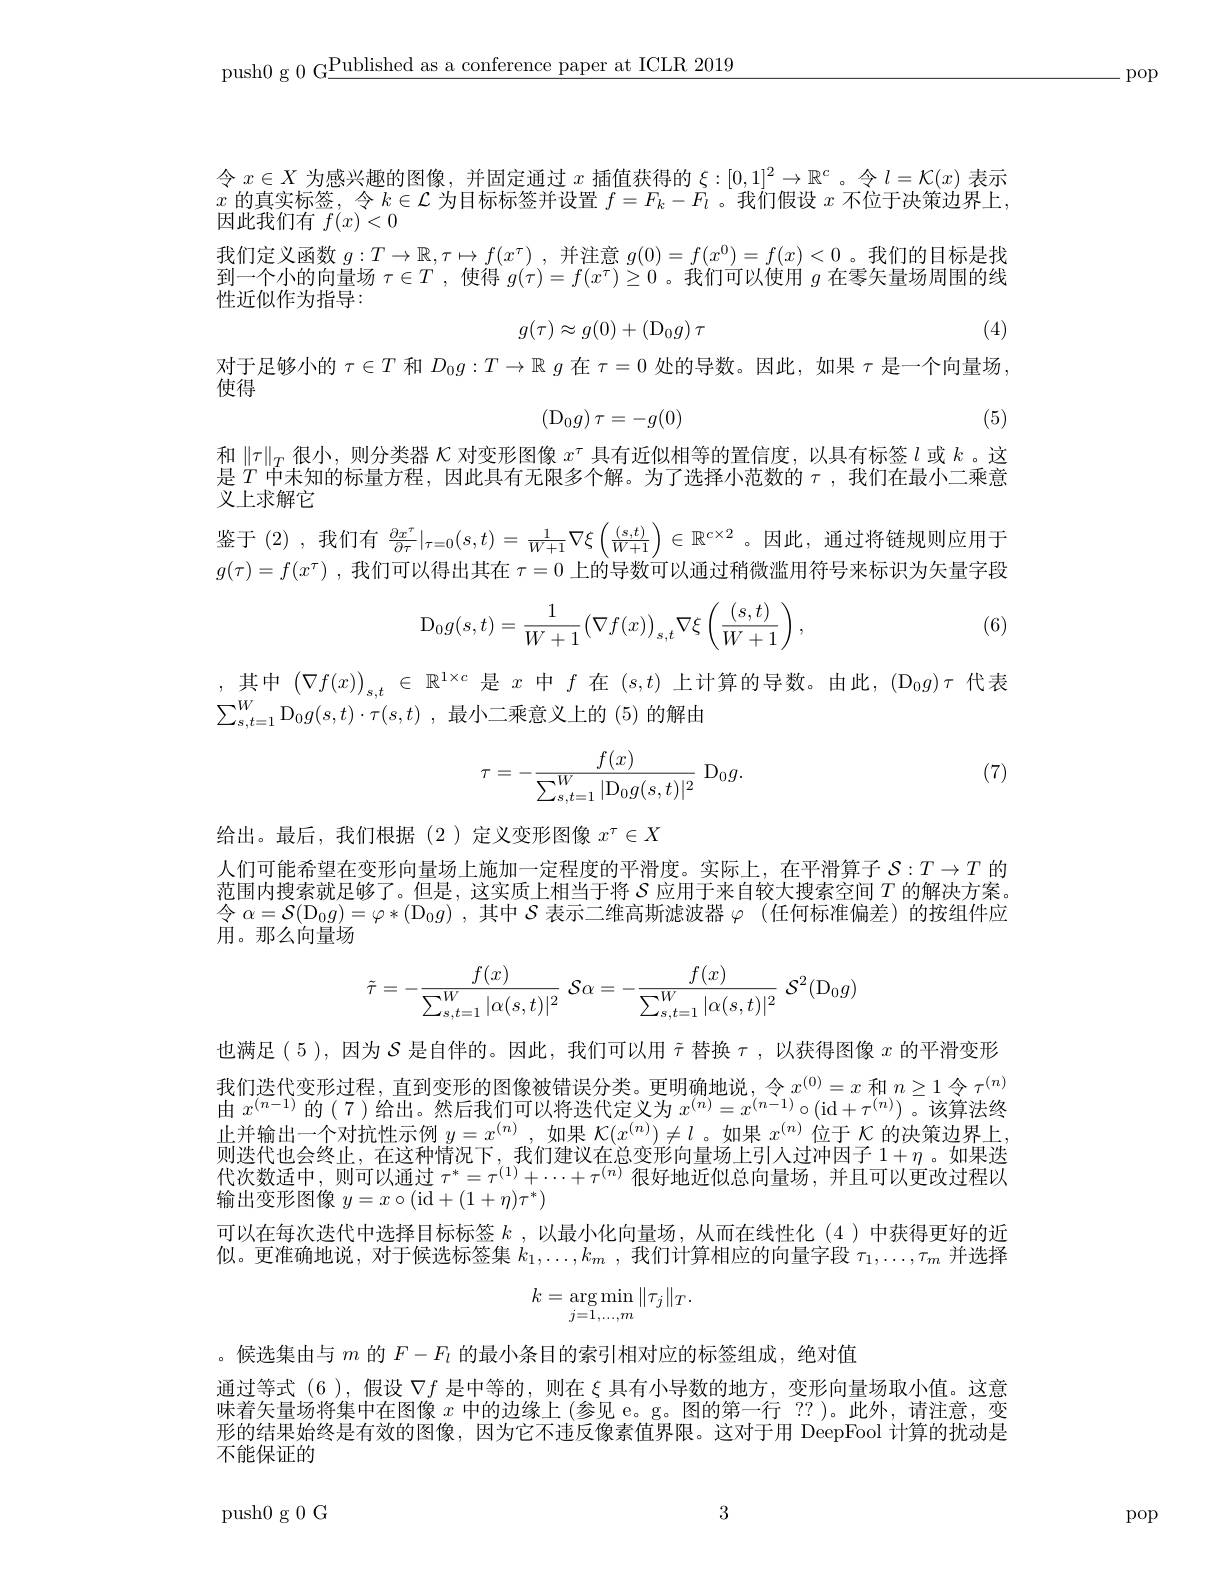
push0 g 0 G$\underline\text{Published as a conference paper at ICLR 2019}$

-pop

令$x\in X$为感兴趣的图像，并固定通过$x$插值获得的$\xi:[0,1]^2\to\mathbb{R}^c$ 。令$l=\mathcal{K}(x)$表示$x$的真实标签，令$k\in\mathcal{L}$为目标标签并设置$f=F_k-F_l$ 。我们假设$x$不位于决策边界上， 因此我们有$\overline f(x)<0$
我们定义函数$g:T\to\mathbb{R},\tau\mapsto f(x^{\tau})$ ,并注意$g(0)=f(x^0)=f(x)<0$ 。我们的目标是找到一个小的向量场$\tau\in T$ ,使得$g(\tau)=f(x^\tau)\geq0$ 。我们可以使用$g$在零矢量场周围的线性近似作为指导：
$$g(\tau)\approx g(0)+\left(\mathrm{D}_{0}g\right)\tau $$
(4)

对于足够小的$\tau\in T$和$D_0g:T\to\mathbb{R}$ $g$在$\tau=0$处的导数。因此，如果$\tau$是一个向量场，
$$\begin{matrix}(\mathrm D_0g)\:\tau=-g(0)\end{matrix}$$
使得

(5)

和$\|\tau\|_T$很小，则分类器$\mathcal{K}$对变形图像$x^\tau$具有近似相等的置信度，以具有标签$l$或$k$ 。这目$T$中十知的标是六段 田此目左工阳名众解 山了冲区小苏数的一种们在早小一垂率是$\tilde{T}$中未知的标量方程，因此具有无限多个解。为了选择小范数的$\tau$,我们在最小二乘意义上求解它
鉴于(2),我们有$\frac{\partial x^{\tau}}{\partial\tau}|_{\tau=0}(s,t)=\frac1{W+1}\nabla\xi\left(\frac{(s,t)}{W+1}\right)\in\mathbb{R}^{c\times2}$。因此，通过将链规则应用于$g(\tau)=f(x^\tau)$ ,我们可以得出其在$\tau=0$上的导数可以通过稍微滥用符号来标识为矢量字段

(6)
$$\mathrm D_0g(s,t)=\frac{1}{W+1}\big(\nabla f(x)\big)_{s,t}\nabla\xi\left(\frac{(s,t)}{W+1}\right),$$
,其 中 $\left ( \nabla f( x) \right ) _{s, t}\in \mathbb{R} ^{1\times c}$ 是$x$ 中$f$ 在$(s,t)$ 上计算的导数。由此，$(\mathcal{D}_0g)\tau$ 代表
$\sum _{s, t= 1}^W\mathrm{D} _0g( s, t) \cdot \tau ( s, t)$ ,最小二乘意义上的 (5)的解由

(7)
$$\tau=-\frac{f(x)}{\sum_{s,t=1}^W|\mathrm{D}_0g(s,t)|^2}\:\mathrm{D}_0g.$$
给出。最后，我们根据(2)定义变形图像$x^\tau\in X$
人们可能希望在变形向量场上施加一定程度的平滑度。实际上，在平滑算子$\mathcal{S}:T\to T$的范围内搜索就足够了。但是，这实质上相当于将$S$应用于来自较大搜索空间$T$的解决方案。令$\alpha=\mathcal{S}(\mathcal{D}_0g)=\varphi*(\mathcal{D}_0g)$ ,其中$\mathcal{S}$表示二维高斯滤波器$\varphi$ (任何标准偏差)的按组件应用。那么向量场
$$\tilde{\tau}=-\frac{f(x)}{\sum_{s,t=1}^W|\alpha(s,t)|^2}\:\mathcal{S}\alpha=-\frac{f(x)}{\sum_{s,t=1}^W|\alpha(s,t)|^2}\:\mathcal{S}^2(\mathrm{D}_0g)$$
也满足(5),因为$\mathcal{S}$是自伴的。因此，我们可以用$\tilde{\tau}$替换$\tau$,以获得图像$x$的平滑变形我们迭代变形过程，直到变形的图像被错误分类。更明确地说，令$x^{(0)}=x$和$n\geq1$令$\tau^{(n)}$ 由 $x^(n-1)$ 的(7)给出。然后我们可以将迭代定义为 $x^( n) = x^{( n- 1) }\circ ($id$+ \tau ^{( n) })$。该算法终止并输出一个对抗性示例$y=x^{(n)}$,如果$\mathcal{K}(x^{(n)})\neq l$。如果$x^(n)$位于$\mathcal{K}$的决策边界上， 则迭代也会终止，在这种情况下，我们建议在总变形向量场上引人过冲因子$1+\eta$。如果迭代次数适中，则可以通过$\tau^*=\tau^{(1)}+\cdots+\tau^{(n)}$很好地近似总向量场，并且可以更改过程以输出变形图像$y=x\circ($id$+(1+\eta)\tau^*)$
可以在每次迭代中选择目标标签$k$ , 以最小化向量场，从而在线性化(4)中获得更好的近似。更准确地说，对于候选标签集$k_1,\ldots,k_m$,我们计算相应的向量字段$\tau_1,\ldots,\tau_m$并选择
$$k=\underset{j=1,\ldots,m}{\arg\min}\|\tau_j\|_T.$$
。候选集由与$m$的$F-F_l$的最小条目的索引相对应的标签组成，绝对值
通过等式 (6 ),假设$\nabla f$是中等的，则在$\xi$具有小导数的地方，变形向量场取小值。这意味着矢量场将集中在图像$x$中的边缘上 (参见 e。g。图的第一行 ??)。此外，请注意，变形的结果始终是有效的图像，因为它不违反像素值界限。这对于用 DeepFool 计算的扰动是不能保证的

3

push0g0G

pop